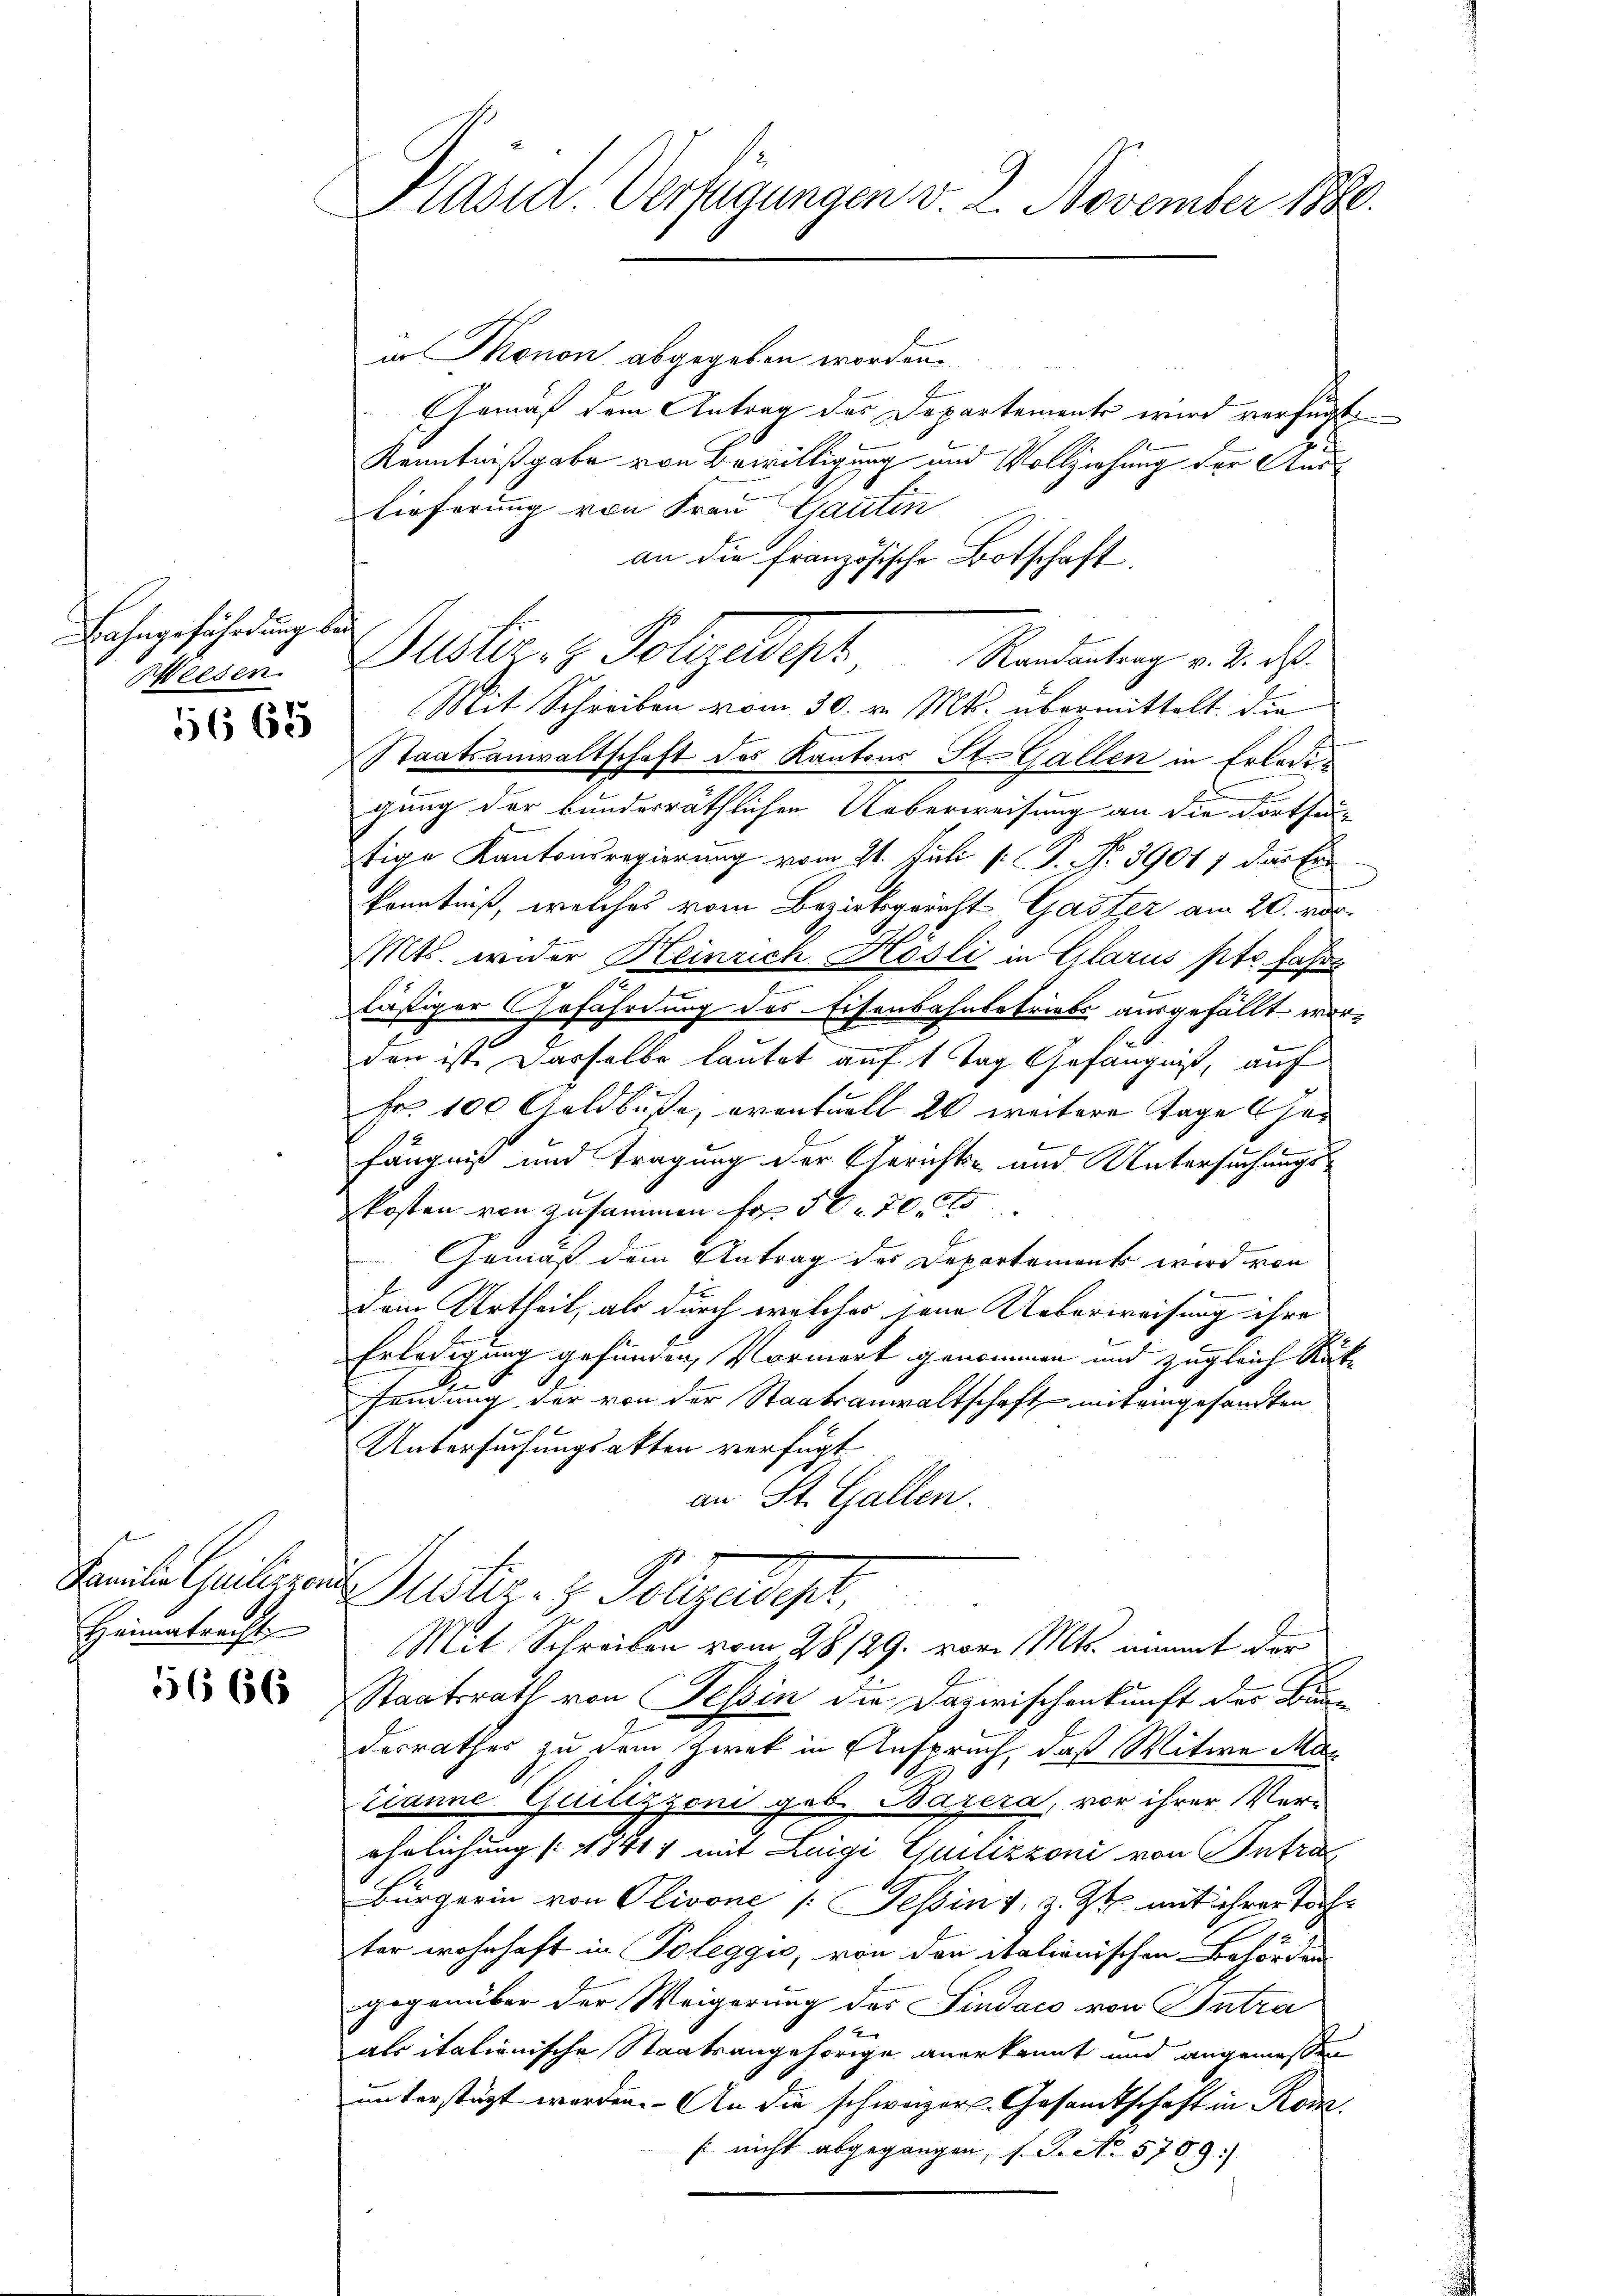
Eahngeführung bei
Weesen.

1665

5666

in Monon abgegeben worden.
Gemäß dem Antrag des Departemente wird verfügt,
Kenntnißgabe von Bewilligung und Vollziehung der Auslieferung von Frau Gauten
an die französische Botschaft.
Mit Schreiben vom 30. v. Mts. übermittelt die
Staatsanwaltschaft des Kantons St. Gallen in Erledigung der bunderräthlichen Ueberweisung an die dortheitige Kantonsregierung vom 21. Juli [ P. No. 39017 das Ein
Kenntniß, welches vom Bezirksgericht Gaster am 20. Mar
Mts. wider Heinrich Hösli in Glarus pto fahre
lästiger Gefährdung des Eisenbahnbetriebe ausgefällt worden ist. Dasselbe lautet auf 1 Tag Gefängniß, auf
Nr. 100 Geldbuße, eventuell 20 weitere Tage her
fängniß und tragung der Gerichts- und Untersuchungskosten von zusammen Fr. 50 r. 20.
Gemäß dem Antrag des Departement wird von
Dem Urtheil, als durch welches jene Ueberweisung ihre
Erledigung gefunden, Vormerk genommen und zugleich Rüt
sendung der von der Staatsanwaltschaft mit eingesandten
Untersuchungsakten verfügt
an St. Gallen.
Freitertheilen Suster. v. Folgendigt.
Heimatrecht Mit Schreiben vom 28/29. vor. Mts. nimmt der
Staatsrath von Tessin die Dazwischenkunft des Bun
desrathes zu dem Zwek in Anspruch, daß Witwe Mar
zianne Quiltzzoni geb. Bayera, vor ihrer Verähnlichung (18411 mit Luigi Quilizzoni von Antra
Bürgerin von Olivone (Tessin v. z. Zt. mit ihrer Tochter wohnhaft in Poleggić, von den italienischen Behörden
gegenüber der Weigerung des Sindaco von Intra
als italienische Staatsangehörige anerkannt und angemeßen
unterstüzt worden. - An die schwager Gesamtschaft in Rosa
[nicht abgegangen, (S. No 5709:

Präsid. Verfügungen v. 2. November 1880.

Gustanz Holzgeldes Mandeutung v. d. d.